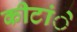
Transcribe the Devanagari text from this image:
कीटांे